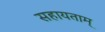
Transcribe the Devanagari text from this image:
सहायताम्